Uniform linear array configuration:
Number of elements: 8
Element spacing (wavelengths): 0.25
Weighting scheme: uniform
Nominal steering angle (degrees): -30
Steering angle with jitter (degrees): -31.329
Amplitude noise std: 0.05
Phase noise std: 0.05

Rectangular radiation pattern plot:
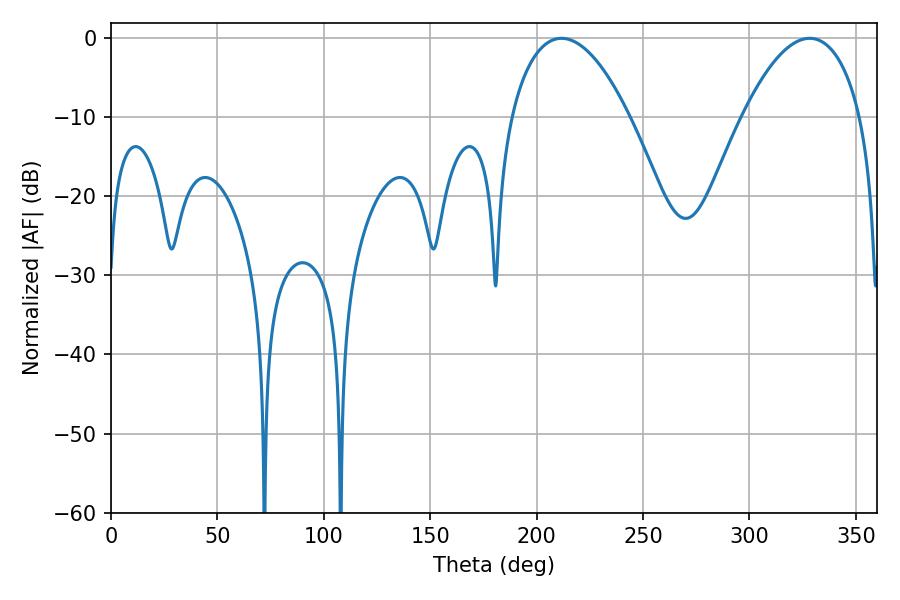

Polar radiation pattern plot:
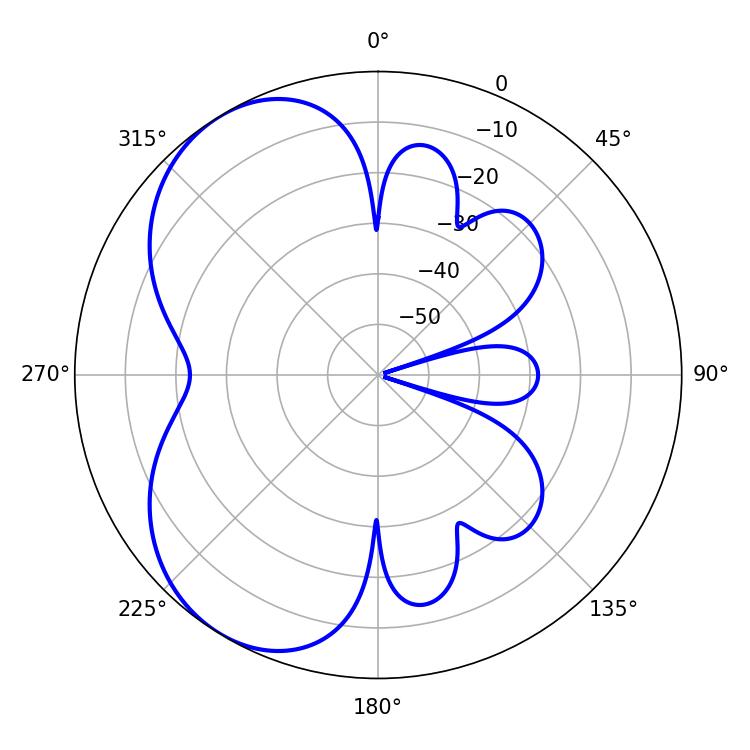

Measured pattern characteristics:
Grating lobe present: FALSE
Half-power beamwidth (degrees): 31.14
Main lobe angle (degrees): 211.68